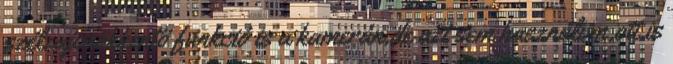
szélzajcsökkentö funkció is a kamerán,de azt sem használom,ott is